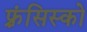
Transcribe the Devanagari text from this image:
फ़्रंसिस्को